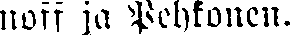
noff ja Pehkonen.